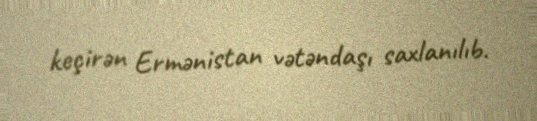
keçirən Ermənistan vətəndaşı saxlanılıb.